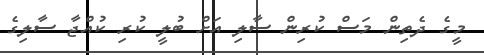
މީގެ ދެތިން މަަސް ކުރިން ސާލި އަށް ބުލީ ކުރި ކުއްޖާ ސާލިގެ